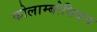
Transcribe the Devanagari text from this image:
कोलाम्बोसियन